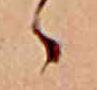
ゝ